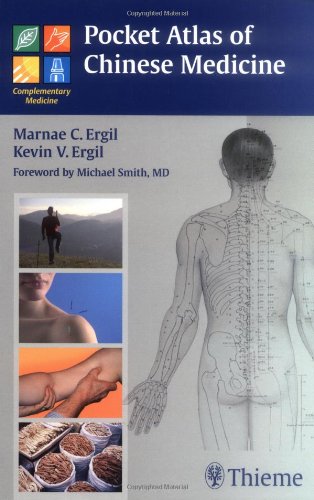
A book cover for Pocket Atlas of Chinese Medicine; Marnae Ergil; Health, Fitness & Dieting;